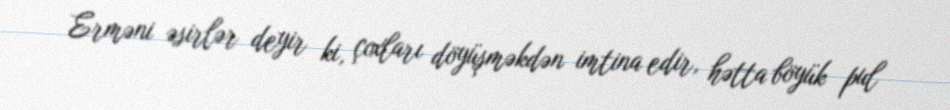
Erməni əsirlər deyir ki, çoxları döyüşməkdən imtina edir, hətta böyük pul